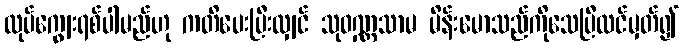
လုပ်ကျွေးရစ်ပါမည်ဟု ကတိပေးပြီးလျှင် သုဝဏ္ဏသာမ မိန်းမောသည်ကိုသေပြီထင်မှတ်၍